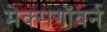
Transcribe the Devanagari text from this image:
मेक्सगॉवर्न